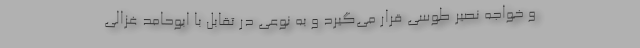
و خواجه نصیر طوسی قرار می‌گیرد و به نوعی در تقابل با ابوحامد غزالی